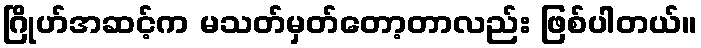
ဂြိုဟ်အဆင့်က မသတ်မှတ်တော့တာလည်း ဖြစ်ပါတယ်။